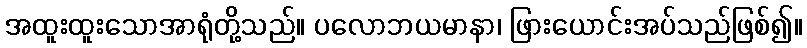
အထူးထူးသောအာရုံတို့သည်။ ပလောဘယမာနာ၊ ဖြားယောင်းအပ်သည်ဖြစ်၍။